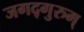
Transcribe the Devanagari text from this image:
जगद्गुरुम्